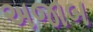
અજાબ